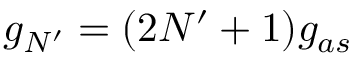
g _ { N ^ { \prime } } = ( 2 N ^ { \prime } + 1 ) g _ { a s }